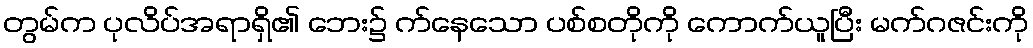
တွမ်က ပုလိပ်အရာရှိ၏ ဘေး၌ က်နေသော ပစ်စတိုကို ကောက်ယူပြီး မက်ဂဇင်းကို